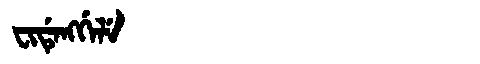
Manchu: ᠸᡳᡩᡝᠩᡤᡝᠯᡝ
Romanization: FIDENGGELE